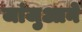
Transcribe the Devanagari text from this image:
जांजुआने